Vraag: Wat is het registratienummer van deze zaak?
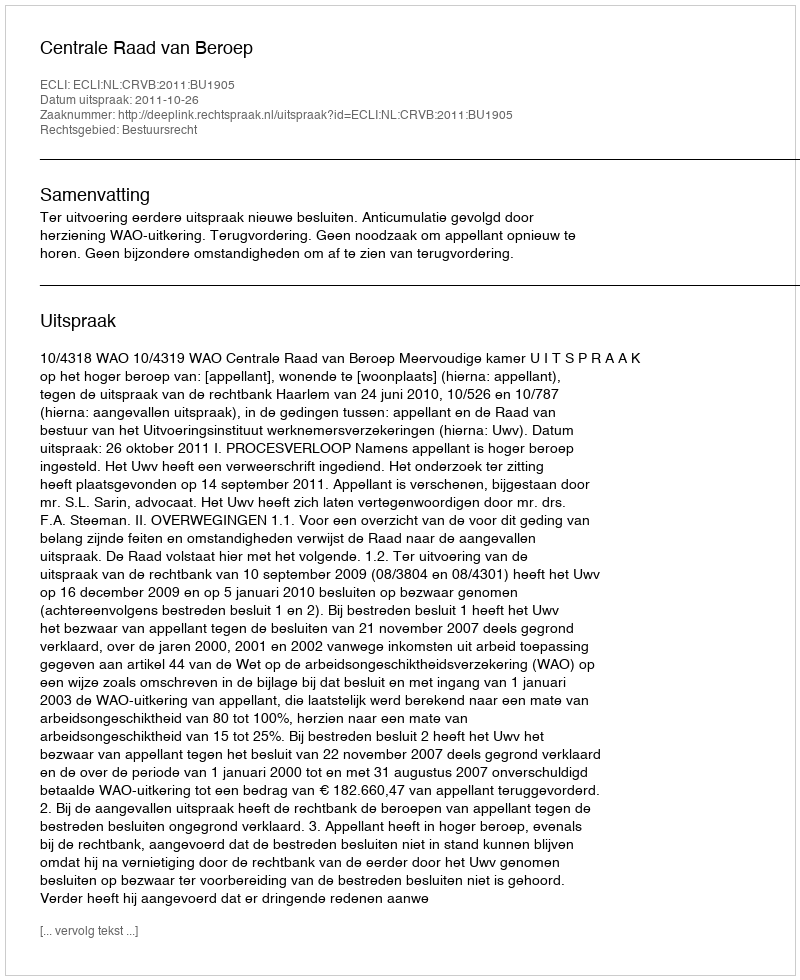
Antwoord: http://deeplink.rechtspraak.nl/uitspraak?id=ECLI:NL:CRVB:2011:BU1905